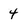
Character: 4